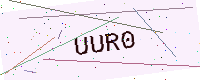
Text: UUR0